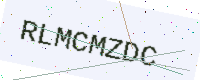
Text: RLMCMZDC